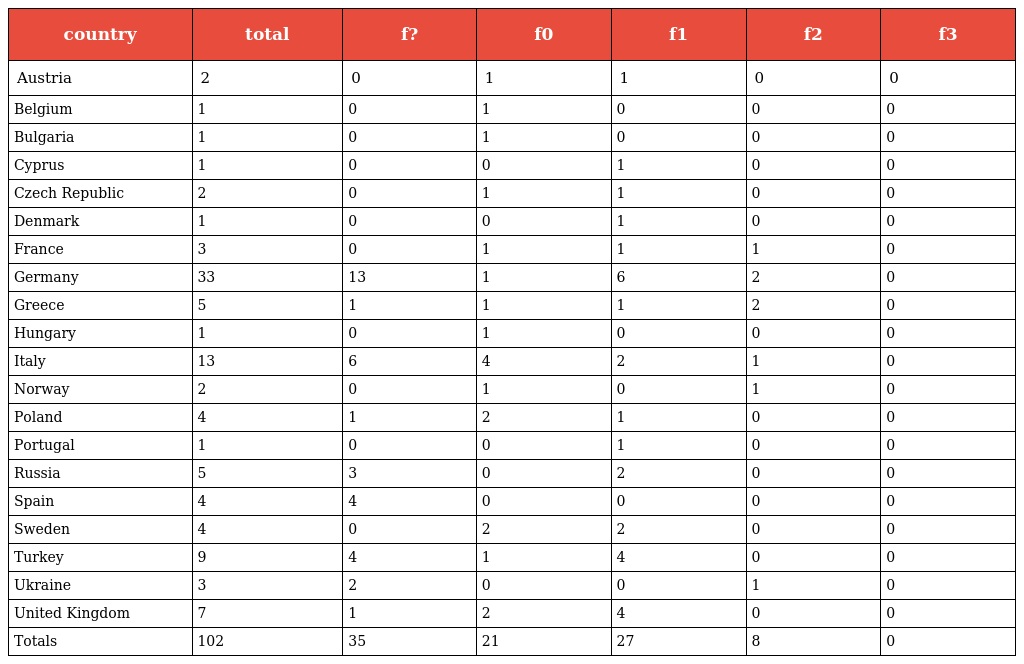
| country | total | f? | f0 | f1 | f2 | f3 |
 | --- | --- | --- | --- | --- | --- | --- |
 | Austria | 2 | 0 | 1 | 1 | 0 | 0 |
 | Belgium | 1 | 0 | 1 | 0 | 0 | 0 |
 | Bulgaria | 1 | 0 | 1 | 0 | 0 | 0 |
 | Cyprus | 1 | 0 | 0 | 1 | 0 | 0 |
 | Czech Republic | 2 | 0 | 1 | 1 | 0 | 0 |
 | Denmark | 1 | 0 | 0 | 1 | 0 | 0 |
 | France | 3 | 0 | 1 | 1 | 1 | 0 |
 | Germany | 33 | 13 | 1 | 6 | 2 | 0 |
 | Greece | 5 | 1 | 1 | 1 | 2 | 0 |
 | Hungary | 1 | 0 | 1 | 0 | 0 | 0 |
 | Italy | 13 | 6 | 4 | 2 | 1 | 0 |
 | Norway | 2 | 0 | 1 | 0 | 1 | 0 |
 | Poland | 4 | 1 | 2 | 1 | 0 | 0 |
 | Portugal | 1 | 0 | 0 | 1 | 0 | 0 |
 | Russia | 5 | 3 | 0 | 2 | 0 | 0 |
 | Spain | 4 | 4 | 0 | 0 | 0 | 0 |
 | Sweden | 4 | 0 | 2 | 2 | 0 | 0 |
 | Turkey | 9 | 4 | 1 | 4 | 0 | 0 |
 | Ukraine | 3 | 2 | 0 | 0 | 1 | 0 |
 | United Kingdom | 7 | 1 | 2 | 4 | 0 | 0 |
 | Totals | 102 | 35 | 21 | 27 | 8 | 0 |